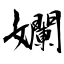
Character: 孄